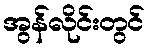
အွန်လိုင်းတွင်